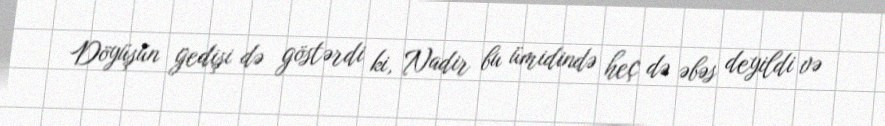
Döyüşün gedişi də göstərdi ki, Nadir bu ümidində heç də əbəs deyildi və